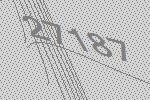
27187